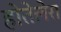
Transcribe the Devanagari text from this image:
होतेलेरा